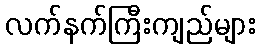
လက်နက်ကြီးကျည်များ